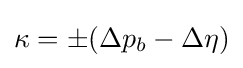
\kappa =\pm (\Delta p_{b}-\Delta \eta )